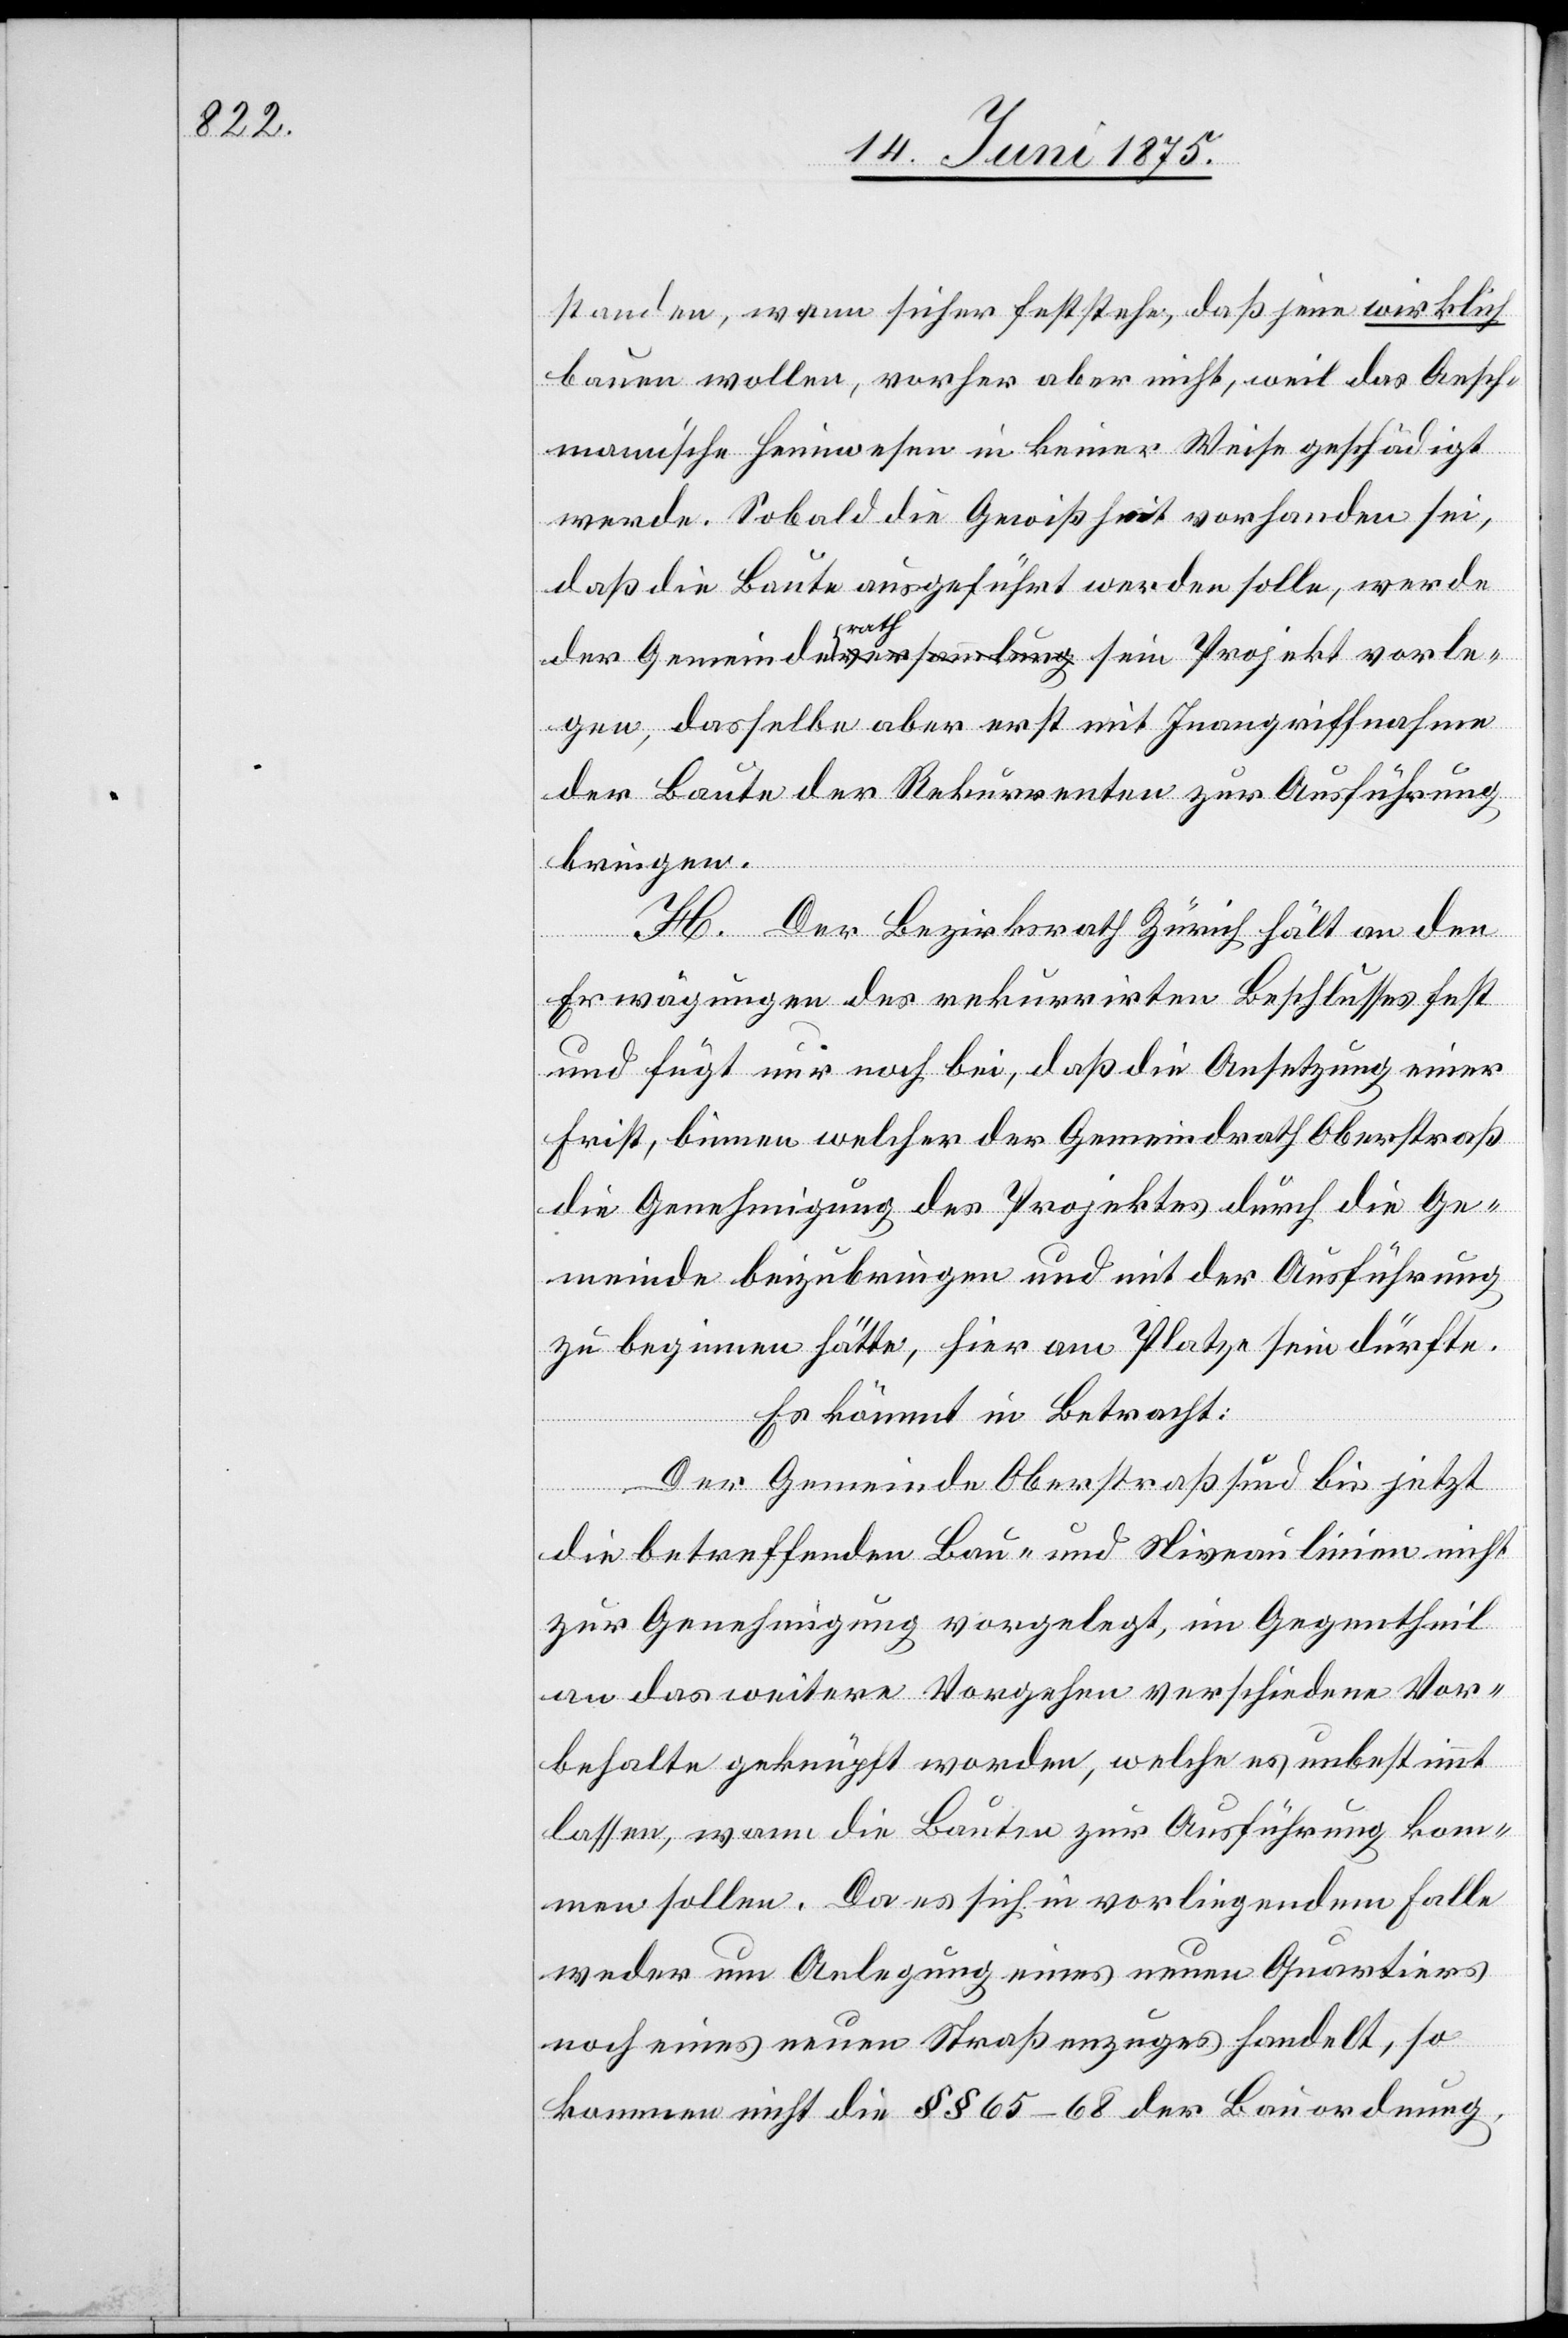
vorle¬

standen, wenn sicher feststehe, daß jene wirklich
bauen wollen, vorher aber nicht, weil da Aesch¬
mann’sche Heimwesen in keiner Weise geschädigt
werde. Sobald die Gewißheit vorhanden sei,
daß die Baute ausgeführt werden solle, werde
gen, dasselbe aber erst mit Inangriffnahme
der Baute der Rekurrenten zur Ausführung
bringen.
H. Der Bezirksrath Zürich hält an den
Erwägungen des rekurrirten Beschlusses fest
und fügt nur noch bei, daß die Ansetzung einer
Frist, binnen welcher der Gemeindrath Oberstraß
die Genehmigung des Projektes durch die Ge¬
meinde beizubringen und mit der Ausführung
zu beginnen hätte, hier am Platze sein dürfte.
Es kommt in Betracht:
Der Gemeinde Oberstraß sind bis jetzt
die betreffenden Bau- und Niveaulinien nicht
zur Genehmigung vorgelegt, im Gegentheil
an das weitere Vorgehen verschiedene Vor¬
behalte geknüpft worden, welche es unbestimmt
lassen, wann die Bauten zur Ausführung kom¬
men sollen. Da es sich in vorliegendem Falle
weder um Anlegung eines neuen Quartiers
noch eines neuen Straßenzuges handelt, so
kommen nicht die §§ 65–68 der Bauordnung,